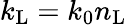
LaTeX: k_{\mathrm{L}}=k_{0}n_{\mathrm{L}}